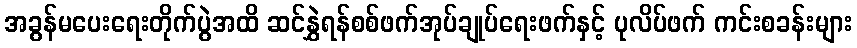
အခွန်မပေးရေးတိုက်ပွဲအထိ ဆင်နွှဲရန်စစ်ဖက်အုပ်ချုပ်ရေးဖက်နှင့် ပုလိပ်ဖက် ကင်းစခန်းများ